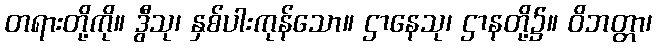
တရားတို့ကို။ ဒွီသု၊ နှစ်ပါးကုန်သော။ ဌာနေသု၊ ဌာနတို့၌။ ဝိဘတ္တာ၊